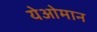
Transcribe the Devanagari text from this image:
येओमान